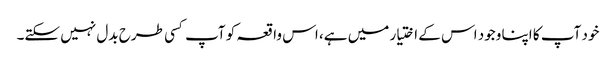
خود آپ کا اپنا وجود اس کے اختیار میں ہے، اس واقعہ کو آپ کسی طرح بدل نہیں سکتے۔